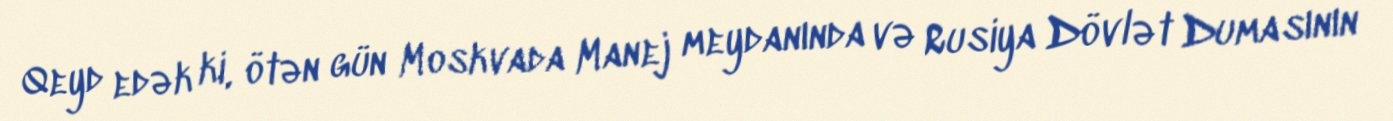
Qeyd edək ki, ötən gün Moskvada Manej meydanında və Rusiya Dövlət Dumasının